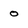
Character: o